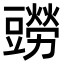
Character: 𧰎